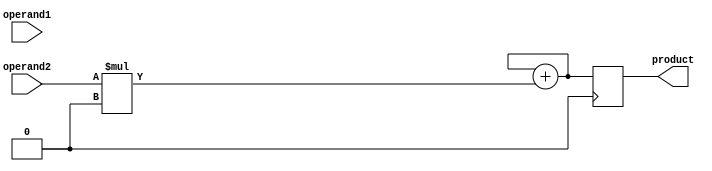
module shift_and_add_multiplier(
    input wire [7:0] operand1,
    input wire [7:0] operand2,
    output reg [15:0] product
);

reg [7:0] shift_operand1;
reg [7:0] shifted_operand1;

always @(*) begin
    shift_operand1 = operand1;
    shifted_operand1 = {shift_operand1, 8'b0};
end

reg [15:0] result;
reg [15:0] partial_product;

initial begin
    result = 16'b0;
end

always @(*) begin
    partial_product = operand2 * shifted_operand1;
end

always @(*) begin
    result = result + partial_product;
end

always @(posedge clk) begin
    product <= result;
end

endmodule